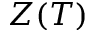
Z ( T )